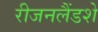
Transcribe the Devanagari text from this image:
रीजनलैंडशे